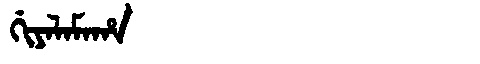
Manchu: ᡤᡳᠶᠠᠯᠠᠮᠠᡥᠠ
Romanization: GIYALAMAHA